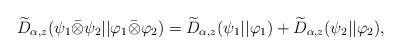
LaTeX: \begin{align*}\widetilde{D}_{\alpha,z}(\psi_1\bar{\otimes}\psi_2||\varphi_1\bar{\otimes}\varphi_2) = \widetilde{D}_{\alpha,z}(\psi_1||\varphi_1) + \widetilde{D}_{\alpha,z}(\psi_2||\varphi_2), \end{align*}